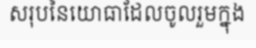
សរុបនៃយោធាដែលចូលរួមក្នុង